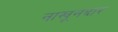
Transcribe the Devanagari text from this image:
नाखूनदार